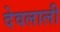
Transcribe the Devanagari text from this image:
देवलाली